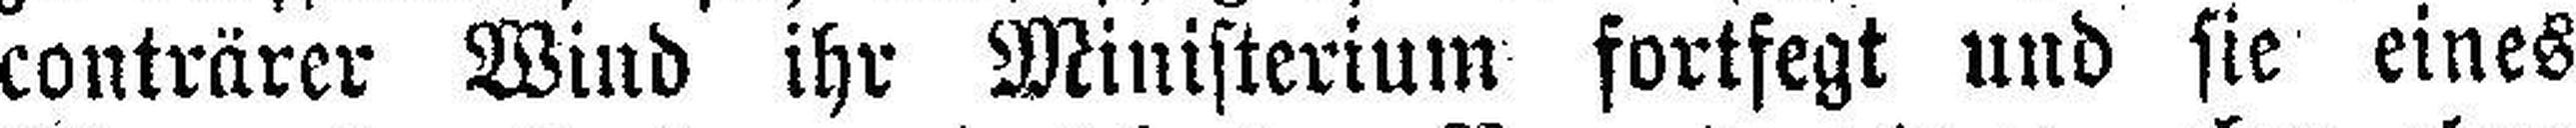
conträrer Wind ihr Ministerium fortfegt und sie eines